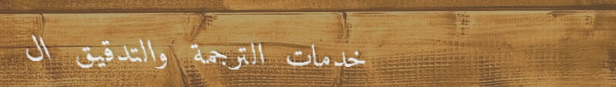
خدمات الترجمة والتدقيق ال